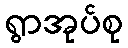
ရွာအုပ်စု